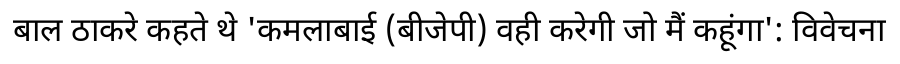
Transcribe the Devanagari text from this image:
बाल ठाकरे कहते थे 'कमलाबाई (बीजेपी) वही करेगी जो मैं कहूंगा': विवेचना